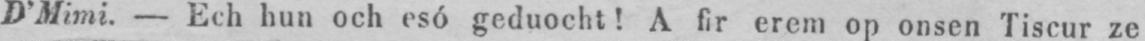
D’Mimi. - Ech hun och esó geduocht! A fir erem op onsen Tiscur ze